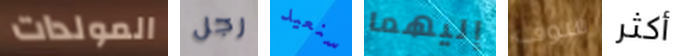
المولدات رجل سنعيد إليهما سوف أكثر